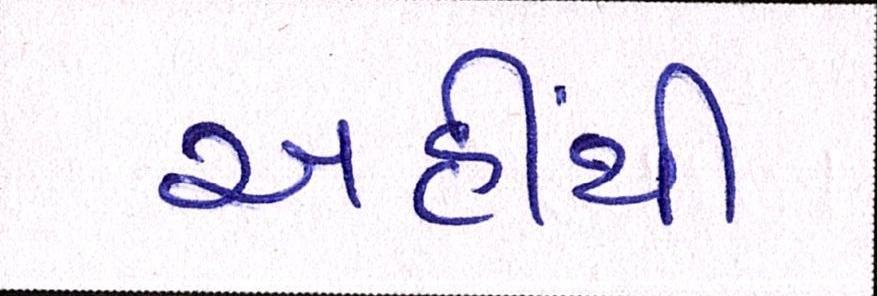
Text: અહીંથી